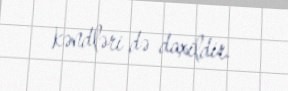
kəndləri də daxildir.